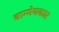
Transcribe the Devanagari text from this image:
वाग्गेयकार